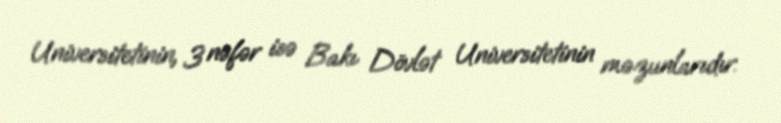
Universitetinin, 3 nəfər isə Bakı Dövlət Universitetinin məzunlarıdır.